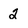
Character: 2